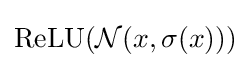
\operatorname {ReLU} ({\mathcal {N}}(x,\sigma (x)))